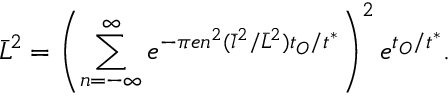
\bar { L } ^ { 2 } = \left( \sum _ { n = - \infty } ^ { \infty } e ^ { - \pi e n ^ { 2 } ( \bar { l } ^ { 2 } / \bar { L } ^ { 2 } ) t _ { O } / t ^ { * } } \right) ^ { 2 } e ^ { t _ { O } / t ^ { * } } .